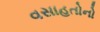
વસાહતોનો